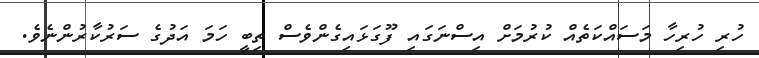
ހުރި ހުރިހާ މަސައްކަތެއް ކުރުމަށް އިސްނަގައި ފޫގަޅައިގެންވެސް ތިބީ ހަމަ އަދުގެ ސަރުކާރުންނެވެ.